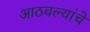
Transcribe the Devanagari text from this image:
आठवल्यांचे